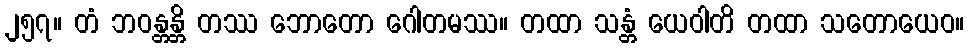
၂၅၇။ တံ ဘဝန္တန္တိ တဿ ဘောတော ဂေါတမဿ။ တထာ သန္တံ ယေဝါတိ တထာ သတောယေဝ။